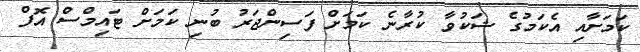
ކަމަށާއި އެކަމުގެ ޝަކުވާ ކުރާނެ ކަމަށް ފަސިންޖަރު ބުނި ކަމަށް ޓައިމްސް އޮފް